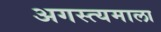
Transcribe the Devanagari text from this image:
अगस्त्यमाला